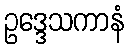
ဥဒ္ဒေသကာနံ